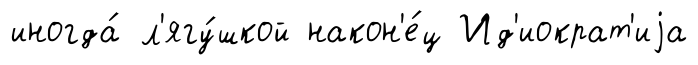
иногда́ л'ягу́шкой након'е́ц Ид'иократ'иjа